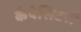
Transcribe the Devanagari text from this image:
कैपेसिटरों